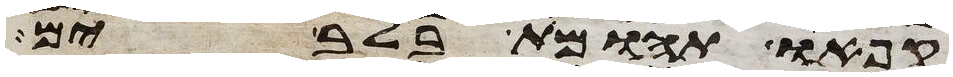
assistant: קפאו תהומות בלב ים